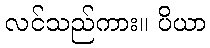
လင်သည်ကား။ ပိယာ